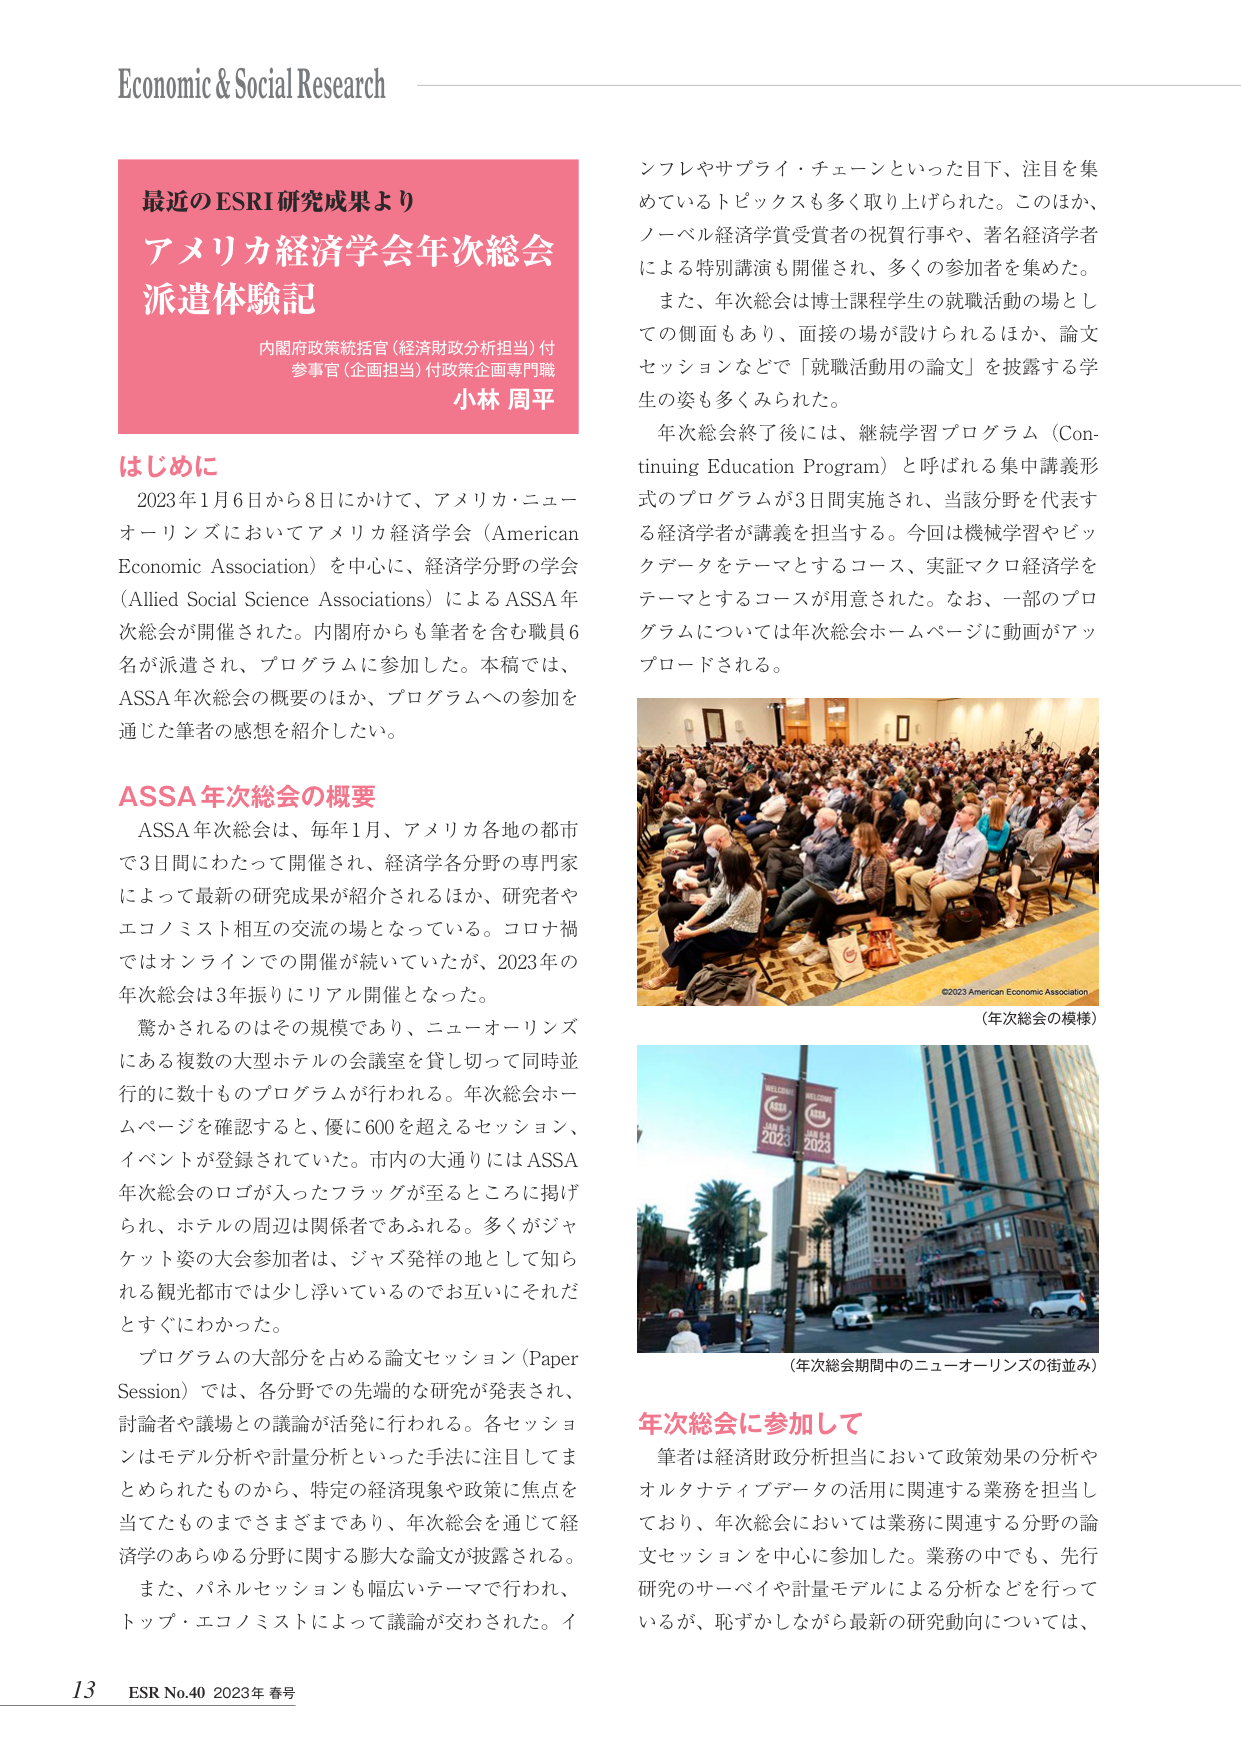
Economic & Social Research

最近のESRI研究成果より
アメリカ経済学会年次総会
派遣体験記
内閣府政策統括官（経済財政分析担当）付
参事官（企画担当）付政策企画専門職
小林 周平

はじめに
2023年1月6日から8日にかけて、アメリカ・ニューオーリンズにおいてアメリカ経済学会（American Economic Association）を中心に、経済学分野の学会（Allied Social Science Associations）によるASSA年次総会が開催された。内閣府からも筆者を含む職員6名が派遣され、プログラムに参加した。本稿では、ASSA年次総会の概要のほか、プログラムへの参加を通じた筆者の感想を紹介したい。

ASSA年次総会の概要
ASSA年次総会は、毎年1月、アメリカ各地の都市で3日間にわたって開催され、経済学各分野の専門家によって最新の研究成果が紹介されるほか、研究者やエコノミスト相互の交流の場となっている。コロナ禍ではオンラインでの開催が続いていたが、2023年の年次総会は3年振りにリアル開催となった。
驚かされるのはその規模であり、ニューオーリンズにある複数の大型ホテルの会議室を貸し切って同時並行的に数十ものプログラムが行われる。年次総会ホームページを確認すると、優に600を超えるセッション、イベントが登録されていた。市内の大通りにはASSA年次総会のロゴが入ったフラッグが至るところに掲げられ、ホテルの周辺は関係者であふれる。多くがジャケット姿の大会参加者は、ジャズ発祥の地として知られる観光都市では少し浮いているのでお互いにそれだとすぐにわかった。
プログラムの大部分を占める論文セッション（Paper Session）では、各分野での先端的な研究が発表され、討論者や議場との議論が活発に行われる。各セッションはモデル分析や計量分析といった手法に注目してまとめられたものから、特定の経済現象や政策に焦点を当てたものまでさまざまであり、年次総会を通じて経済学のあらゆる分野に関する膨大な論文が披露される。
また、パネルセッションも幅広いテーマで行われ、トップ・エコノミストによって議論が交わされた。イ

ンフレやサプライ・チェーンといった目下、注目を集めているトピックスも多く取り上げられた。このほか、ノーベル経済学賞受賞者の祝賀行事や、著名経済学者による特別講演も開催され、多くの参加者を集めた。
また、年次総会は博士課程学生の就職活動の場としての側面もあり、面接の場が設けられるほか、論文セッションなどで「就職活動用の論文」を披露する学生の姿も多くみられた。
年次総会終了後には、継続学習プログラム（Continuing Education Program）と呼ばれる集中講義形式のプログラムが3日間実施され、当該分野を代表する経済学者が講義を担当する。今回は機械学習やビッグデータをテーマとするコース、実証マクロ経済学をテーマとするコースが用意された。なお、一部のプログラムについては年次総会ホームページに動画がアップロードされる。

©2023 American Economic Association
（年次総会の模様）

（年次総会期間中のニューオーリンズの街並み）

年次総会に参加して
筆者は経済財政分析担当において政策効果の分析やオルタナティブデータの活用に関連する業務を担当しており、年次総会においては業務に関連する分野の論文セッションを中心に参加した。業務の中でも、先行研究のサーベイや計量モデルによる分析などを行っているが、恥ずかしながら最新の研究動向については、

13 ESR No.40 2023年 春号